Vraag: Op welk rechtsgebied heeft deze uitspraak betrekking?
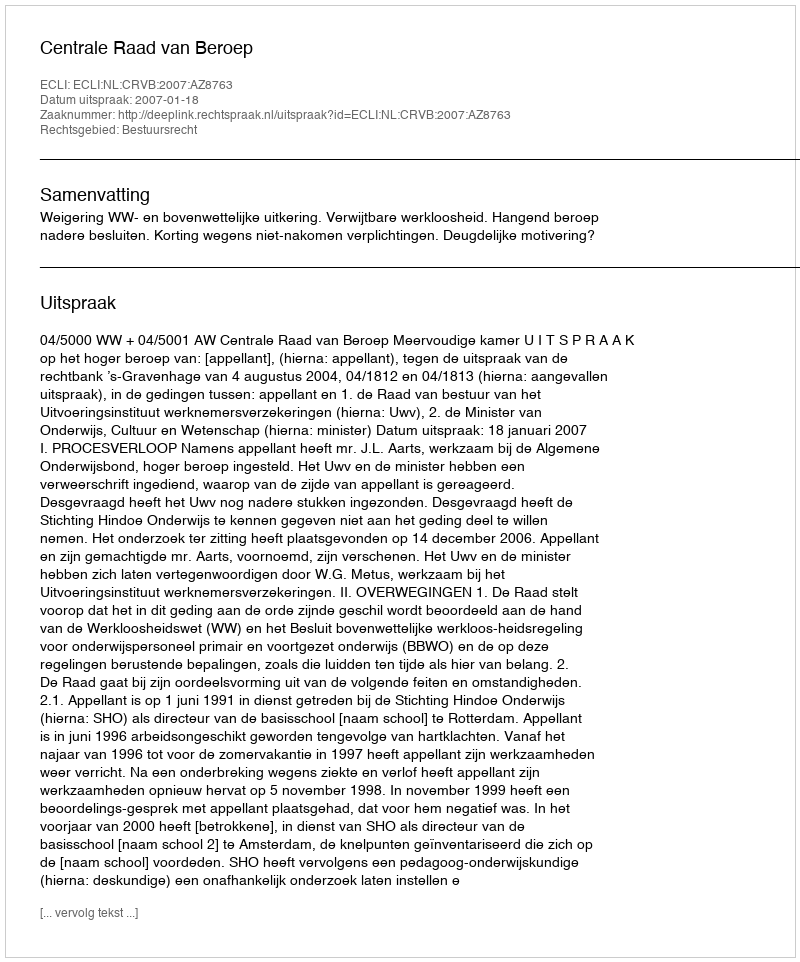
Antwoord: Bestuursrecht